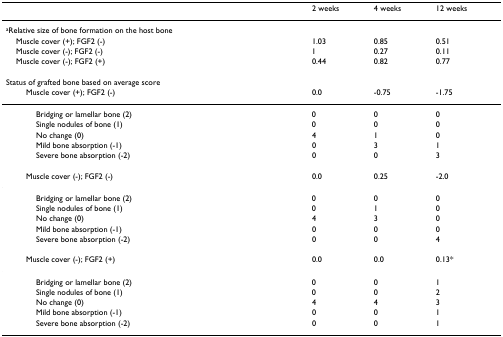
<table><thead><tr><td></td><td><b>2 weeks</b></td><td><b>4 weeks</b></td><td><b>12 weeks</b></td></tr></thead><tbody><tr><td><sup>a</sup>Relative size of bone formation on the host bone</td><td></td><td></td><td></td></tr><tr><td> Muscle cover (+); FGF2 (-)</td><td>1.03</td><td>0.85</td><td>0.51</td></tr><tr><td> Muscle cover (-); FGF2 (-)</td><td>1</td><td>0.27</td><td>0.11</td></tr><tr><td> Muscle cover (-); FGF2 (+)</td><td>0.44</td><td>0.82</td><td>0.77</td></tr><tr><td>Status of grafted bone based on average score</td><td></td><td></td><td></td></tr><tr><td>Muscle cover (+); FGF2 (-)</td><td>0.0</td><td>-0.75</td><td>-1.75</td></tr><tr><td>Bridging or lamellar bone (2)</td><td>0</td><td>0</td><td>0</td></tr><tr><td>Single nodules of bone (1)</td><td>0</td><td>0</td><td>0</td></tr><tr><td>No change (0)</td><td>4</td><td>1</td><td>0</td></tr><tr><td>Mild bone absorption (-1)</td><td>0</td><td>3</td><td>1</td></tr><tr><td>Severe bone absorption (-2)</td><td>0</td><td>0</td><td>3</td></tr><tr><td>Muscle cover (-); FGF2 (-)</td><td>0.0</td><td>0.25</td><td>-2.0</td></tr><tr><td>Bridging or lamellar bone (2)</td><td>0</td><td>0</td><td>0</td></tr><tr><td>Single nodules of bone (1)</td><td>0</td><td>1</td><td>0</td></tr><tr><td>No change (0)</td><td>4</td><td>3</td><td>0</td></tr><tr><td>Mild bone absorption (-1)</td><td>0</td><td>0</td><td>0</td></tr><tr><td>Severe bone absorption (-2)</td><td>0</td><td>0</td><td>4</td></tr><tr><td>Muscle cover (-); FGF2 (+)</td><td>0.0</td><td>0.0</td><td>0.13*</td></tr><tr><td>Bridging or lamellar bone (2)</td><td>0</td><td>0</td><td>1</td></tr><tr><td>Single nodules of bone (1)</td><td>0</td><td>0</td><td>2</td></tr><tr><td>No change (0)</td><td>4</td><td>4</td><td>3</td></tr><tr><td>Mild bone absorption (-1)</td><td>0</td><td>0</td><td>1</td></tr><tr><td>Severe bone absorption (-2)</td><td>0</td><td>0</td><td>1</td></tr></tbody></table>